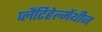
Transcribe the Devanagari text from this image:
प्लैटिहेल्मेंथीज